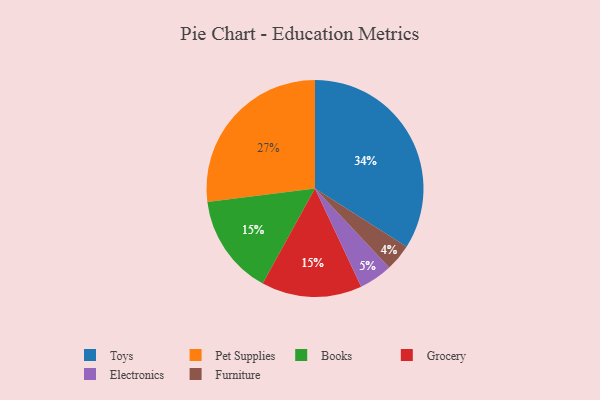
{"axis": {"x": "Category", "y": "Percentage"}, "legend": ["Books", "Electronics", "Furniture", "Grocery", "Pet Supplies", "Toys"], "data": [{"x": "Electronics", "y": 5, "type": "Electronics"}, {"x": "Books", "y": 15, "type": "Books"}, {"x": "Grocery", "y": 15, "type": "Grocery"}, {"x": "Pet Supplies", "y": 27, "type": "Pet Supplies"}, {"x": "Furniture", "y": 4, "type": "Furniture"}, {"x": "Toys", "y": 34, "type": "Toys"}]}